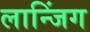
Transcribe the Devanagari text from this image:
लान्जिंग